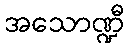
အသောဏ္ဍီ